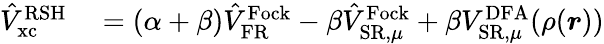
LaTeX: \begin{array}{rl}{\hat{V}_{\mathrm{xc}}^{\mathrm{RSH}}}&{{}=(\alpha+\beta)\hat{V}_{\mathrm{FR}}^{\mathrm{Fock}}-\beta\hat{V}_{\mathrm{SR},\mu}^{\mathrm{Fock}}+\beta V_{\mathrm{SR},\mu}^{\mathrm{DFA}}(\rho(\boldsymbol{r}))}\end{array}